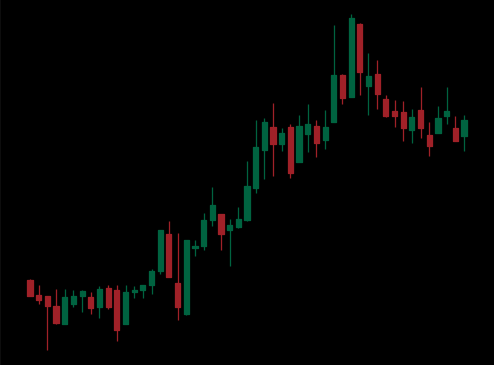
Pattern: bear_flag